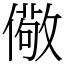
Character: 儆